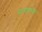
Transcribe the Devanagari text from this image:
सत्यकथेवर